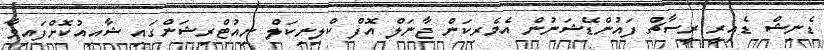
ޑެނިޝް ޑެއިރީ ރީސާޗް ފައުންޑޭޝަނުން އެމެރިކަން ޖާނަލް އޮފް ކްލިނިކަލް ނިއުޓްރިޝަންގައި ޝާއިއުކޮށްފައިވާ